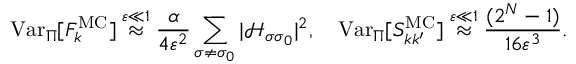
\mathrm { V a r } _ { \Pi } [ F _ { k } ^ { \mathrm { M C } } ] \stackrel { \varepsilon \ll 1 } { \approx } \frac { \alpha } { 4 \varepsilon ^ { 2 } } \sum _ { \sigma \neq \sigma _ { 0 } } | \mathcal { H } _ { \sigma \sigma _ { 0 } } | ^ { 2 } , \quad \mathrm { V a r } _ { \Pi } [ S _ { k k ^ { \prime } } ^ { \mathrm { M C } } ] \stackrel { \varepsilon \ll 1 } { \approx } \frac { ( 2 ^ { N } - 1 ) } { 1 6 \varepsilon ^ { 3 } } .